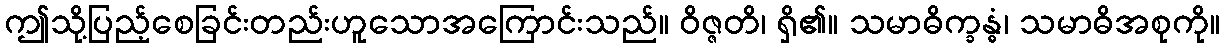
ဤသို့ပြည့်စေခြင်းတည်းဟူသောအကြောင်းသည်။ ဝိဇ္ဇတိ၊ ရှိ၏။ သမာဓိက္ခန္ဓံ၊ သမာဓိအစုကို။